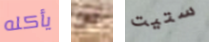
يأكله عن ستيت